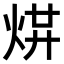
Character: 𤉻